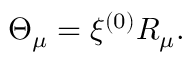
\Theta _ { \mu } = \xi ^ { ( 0 ) } { \cal R } _ { \mu } .